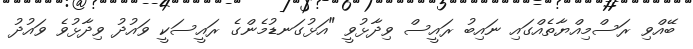
ބޭއްވި ރަސްމިއްޔާތެއްގައި ނައިބު ރައީސް ވިދާޅުވީ "އަޅުގަނޑުމެންގެ ރައީސަކީ ވައުދު ވިދާޅުވެ ވައުދު